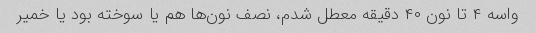
واسه ۴ تا نون ۴۰ دقیقه معطل شدم، نصف نون‌ها هم یا سوخته بود یا خمیر